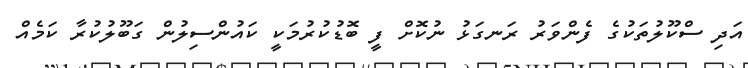
އަދި ސްކޫލުތަކުގެ ފެންވަރު ރަނގަޅު ނުކޮށް ފީ ބޮޑުކުރުމަކީ ކައުންސިލުން ގަބޫލުކުރާ ކަމެއް